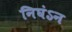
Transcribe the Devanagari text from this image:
निघंऽन